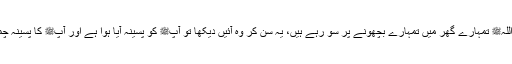
لوگوں نے انہیں بلا کر کہا کہ رسول اللہﷺ تمہارے گھر میں تمہارے بچھونے پر سو رہے ہیں، یہ سن کر وہ آئیں دیکھا تو آپﷺ کو پسینہ آیا ہوا ہے اور آپﷺ کا پسینہ چمڑے کے بچھونے پر جمع ہو گیا ہے۔